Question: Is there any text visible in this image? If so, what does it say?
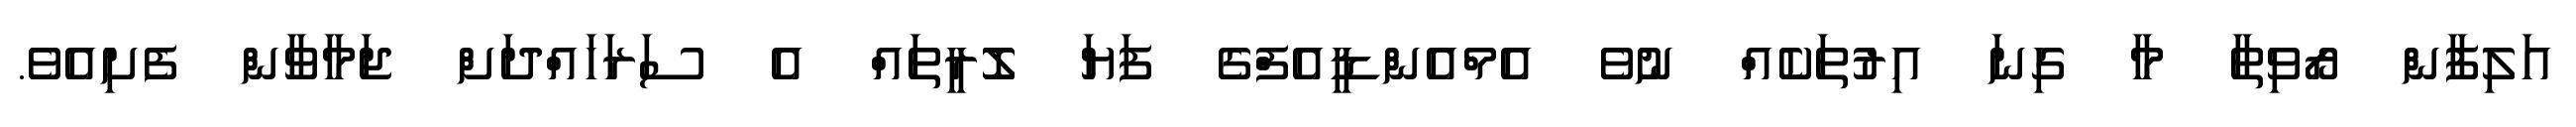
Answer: އަލިފާން ރޯވިތާ މާ ގިނަ އިރުތަކެއް ނުވެ އެމްއެންޑީއެފްގެ ފަޔަ ލޮރީތައް އެ ސަރަހައްދަށް ޖަމާވާން ފެށިއެވެ.